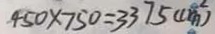
4 5 0 \times 7 5 0 = 3 3 7 5 ( c m ^ { 2 } )